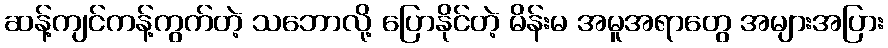
ဆန့်ကျင်ကန့်ကွက်တဲ့ သဘောလို့ ပြောနိုင်တဲ့ မိန်းမ အမူအရာတွေ အများအပြား